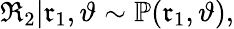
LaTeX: \mathfrak{R}_{2}|\mathfrak{r}_{1},\vartheta\sim\mathbb{P}(\mathfrak{r}_{1},\vartheta),